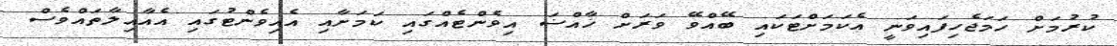
ކުރުމަށް ހަމަޖެހިފައިވަނީ އެކަމަށްޓަކައި ބޭއްވޭ ވަރަށް ޚާއްޟަ އިވެންޓެއްގައި ކަމަށާއި އެއިވެންޓުގައި އެއާއިލާތައްވެސް